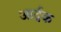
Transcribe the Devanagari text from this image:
आर्द्रक